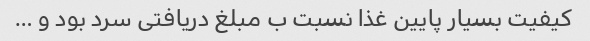
کیفیت بسیار پایین غذا نسبت ب مبلغ دریافتی سرد بود و …